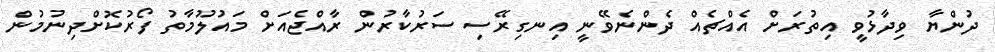
ދުންޔާ ވިދާޅުވީ އިތުރަށް އެއްޗެއް ދެންނެވޭނީ އިނގިރޭސި ސަރުކާރުން ރާއްޖެއަށް މައުލޫމާތު ފޯރުކޮށްދިނުމުން